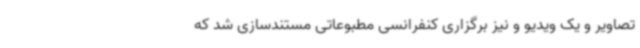
تصاویر و یک ویدیو و نیز برگزاری کنفرانسی مطبوعاتی مستندسازی شد که